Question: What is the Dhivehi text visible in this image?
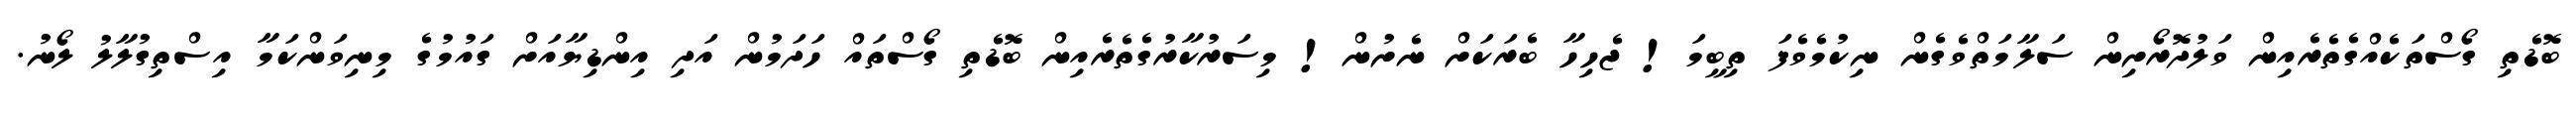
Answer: ބޮޑެތި ގޯސްތަކެއްގެތެރެއިން ވަލުދޮރޯށިން ސަލާމަތްވެގެން ނިކުމެވެފަ ތިބީމަ! ޖެހިހާ ބެރަކަށް ނެށުން! މިސަރުކާރުގެތެރެއިން ބޮޑެތި ގޯސްތައް ހަދަމުން އަދި އިންޑިޔާއަށް ގައުމުގެ މިނިވަންކަމާ އިސްތިގުލާލު ލޯނު.